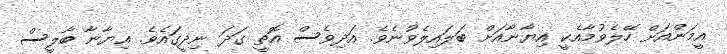
އީމަންއަށް ހޭލެވުމާއެކީ އިޔާނާއަށް ބަލައިލެވުނެވެ. އަދިވެސް އޮތީ ގަދަ ނިދީގައެވެ. އިޔާނާ ބާލީސް